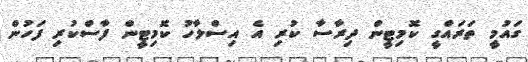
ގައުމީ ތަރައްގީ ކޮމިޓީން ދިރާސާ ކުރި އެ އިސްލާހު ކޮމިޓީން ފާސްކުރި ފަހުން